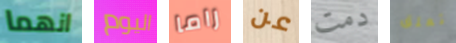
انهما اليوم راما عن دمت تعلق